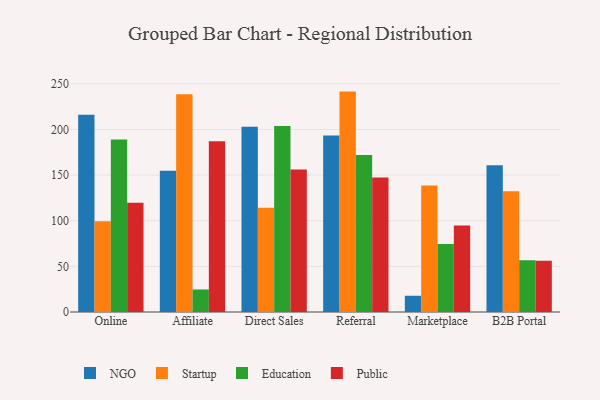
{"axis": {"x": "Channel", "y": "Conversion Rate (%)"}, "legend": ["Education", "NGO", "Public", "Startup"], "data": [{"x": "Online", "y": 216.0, "type": "NGO"}, {"x": "Online", "y": 99.5, "type": "Startup"}, {"x": "Online", "y": 189.1, "type": "Education"}, {"x": "Online", "y": 119.8, "type": "Public"}, {"x": "Affiliate", "y": 154.8, "type": "NGO"}, {"x": "Affiliate", "y": 238.5, "type": "Startup"}, {"x": "Affiliate", "y": 24.7, "type": "Education"}, {"x": "Affiliate", "y": 187.1, "type": "Public"}, {"x": "Direct Sales", "y": 203.1, "type": "NGO"}, {"x": "Direct Sales", "y": 114.1, "type": "Startup"}, {"x": "Direct Sales", "y": 203.7, "type": "Education"}, {"x": "Direct Sales", "y": 156.2, "type": "Public"}, {"x": "Referral", "y": 193.3, "type": "NGO"}, {"x": "Referral", "y": 241.5, "type": "Startup"}, {"x": "Referral", "y": 172.1, "type": "Education"}, {"x": "Referral", "y": 147.4, "type": "Public"}, {"x": "Marketplace", "y": 17.8, "type": "NGO"}, {"x": "Marketplace", "y": 138.6, "type": "Startup"}, {"x": "Marketplace", "y": 74.4, "type": "Education"}, {"x": "Marketplace", "y": 94.9, "type": "Public"}, {"x": "B2B Portal", "y": 160.8, "type": "NGO"}, {"x": "B2B Portal", "y": 132.3, "type": "Startup"}, {"x": "B2B Portal", "y": 56.7, "type": "Education"}, {"x": "B2B Portal", "y": 56.2, "type": "Public"}]}